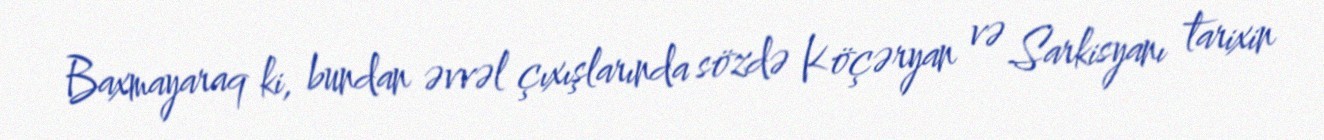
Baxmayaraq ki, bundan əvvəl çıxışlarında sözdə Köçəryan və Sarkisyanı tarixin